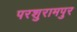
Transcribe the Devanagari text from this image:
परशुरामपुर